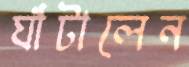
ঘাঁটালেন